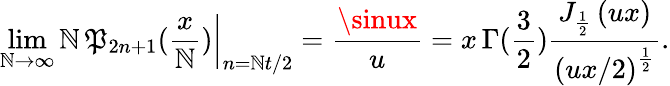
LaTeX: \operatorname*{lim}_{\mathbb{N}\rightarrow\infty}\left.\mathbb{N}\, \mathfrak{P}_{2n+1}(\frac{{x}}{{\mathbb{N}}})\right|_{n=\mathbb{N}t/2}=\frac{{\sinux}}{{u}}=x\, \Gamma(\frac{3}{2})\frac{{J_{\frac{1}{2}}\left(ux\right)}}{{\left(ux/2\right)^{\frac{1}{2}}}}.